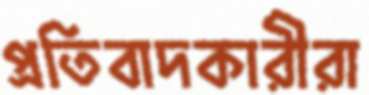
প্রতিবাদকারীরা